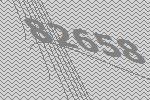
82658